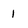
Character: 1